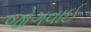
જોગવાઈ